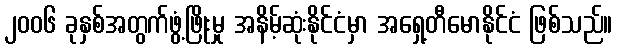
၂၀၀၆ ခုနှစ်အတွက်ဖွံ့ဖြိုးမှု အနိမ့်ဆုံးနိုင်ငံမှာ အရှေ့တီမောနိုင်ငံ ဖြစ်သည်။